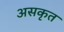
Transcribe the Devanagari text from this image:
असकृत